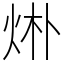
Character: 烞